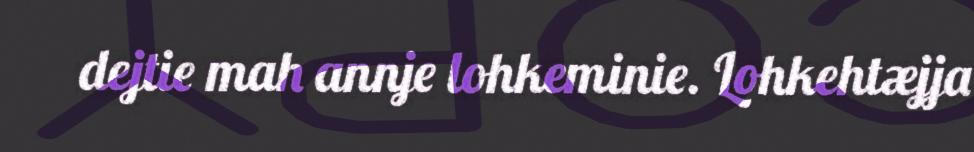
dejtie mah annje lohkeminie. Lohkehtæjja